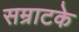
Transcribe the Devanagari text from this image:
सम्राटके